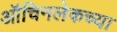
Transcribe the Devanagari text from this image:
ऑचिनलेकच्या